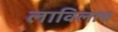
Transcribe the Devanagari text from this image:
लाविलाच